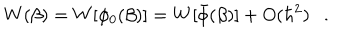
W ( \beta ) = W [ \phi _ { 0 } ( \beta ) ] = W [ \bar { \phi } ( \beta ) ] + O ( \hbar ^ { 2 } ) .